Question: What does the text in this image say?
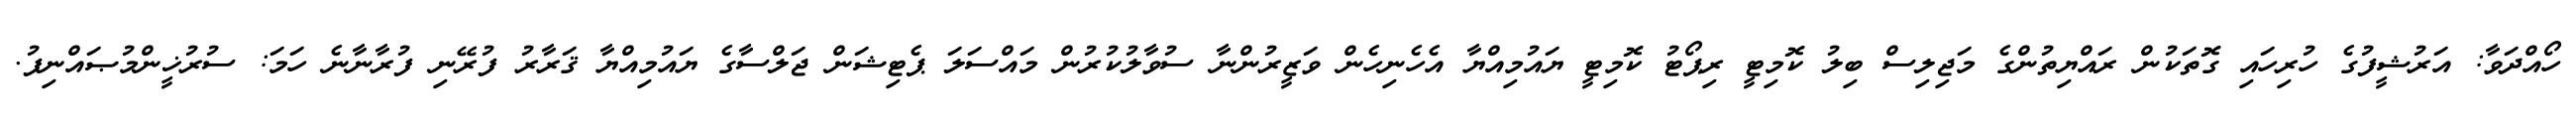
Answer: ހޯއްދަވާ: އަރުޝީފުގެ ހުރިހައި ގޮތަކުން ރައްޔިތުންގެ މަޖިލިސް ބިލު ކޮމިޓީ ރިޕޯޓު ކޮމިޓީ ޔައުމިއްޔާ އެހެނިހެން ވަޒީރުންނާ ސުވާލުކުރުން މައްސަލަ ޕެޓިޝަން ޖަލްސާގެ ޔައުމިއްޔާ ޤަރާރު ފުރޭނި ފުރާނާނެ ހަމަ: ސުރުޚީންމުޞައްނިފު.